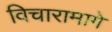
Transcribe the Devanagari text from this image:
विचारामागे